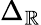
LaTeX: \Delta_{\mathbb{R}}